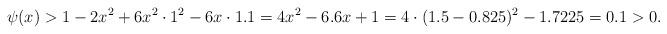
LaTeX: \begin{align*}\psi(x)> 1-2x^2+6x^2\cdot 1^2-6x\cdot 1.1 = 4x^2 - 6.6x+1 = 4\cdot(1.5-0.825)^2-1.7225 = 0.1 > 0.\end{align*}